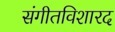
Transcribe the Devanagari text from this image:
संगीतविशारद